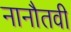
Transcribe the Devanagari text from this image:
नानौतवी